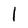
Character: I